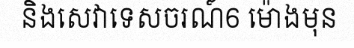
និងសេវាទេសចរណ៍6 ម៉ោងមុន